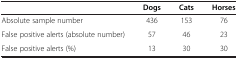
|  | Dogs | Cats | Horses |
 | --- | --- | --- | --- |
 | Absolute sample number | 436 | 153 | 76 |
 | False positive alerts (absolute number) | 57 | 46 | 23 |
 | False positive alerts (%) | 13 | 30 | 30 |